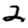
Digit: 2